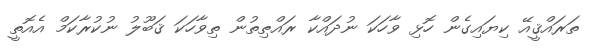
ތަރައްޤީއޭ ކިޔައިގެން ހޮޅި ވާހަކަ ނުދައްކާ ރައްޠިތުން ތިވާހަކަ ޤަބޫލު ނުކުރާކަމް އެއޮތީ